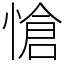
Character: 愴